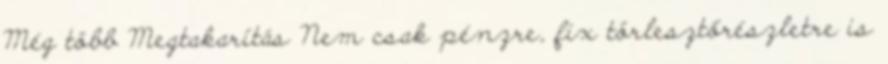
Még több Megtakarítás Nem csak pénzre, fix törlesztőrészletre is